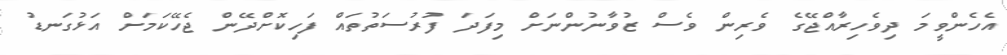
އެހެންވީމަ ދިވެހިރާއްޖޭގެ ވެރިން ވެސް ޒުވާނުންނަށް މިފަދަ ފުރުސަތުތައް ފަހިކޮށްދޭން ޖެހޭކަމަށް އަޅުގަނޑު